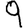
Digit: 9